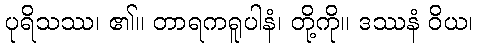
ပုရိသဿ၊ ၏။ တာရကရူပါနံ၊ တို့ကို။ ဒဿနံ ဝိယ၊